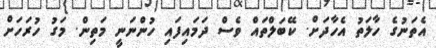
އެތަނުގެ ހާލަތު އެހާދަށް. ކޭބަލްތައް ވެސް ދަމައިފައި ހުންނަނީ މަތިން. މަގު ހުރަހަށް